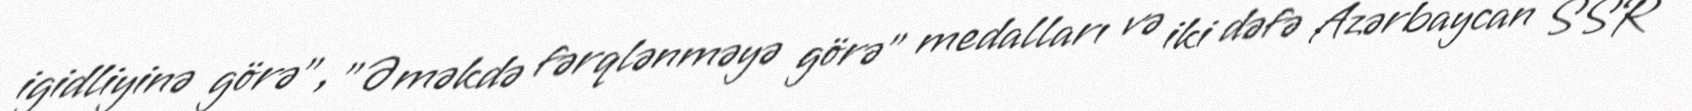
igidliyinə görə", "Əməkdə fərqlənməyə görə" medalları və iki dəfə Azərbaycan SSR